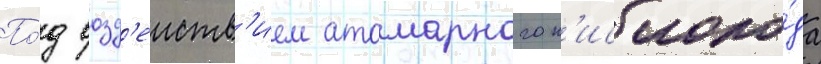
По́д возд'еиств'ием атомарного к'ислоро́да